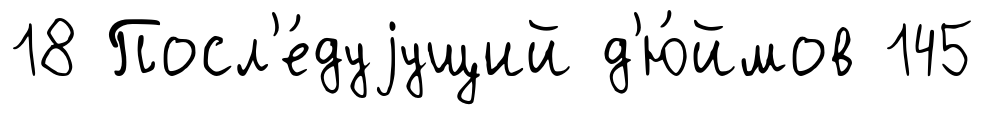
18 Посл'е́дуjущий д'ю́ймов 145